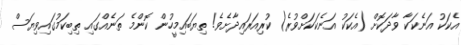
އެކަކު އަނެކަކާ ވާދަކޮށް (އެކަކު އަނެކަކަށްވުރެ) ކުރިއަރައިދާށެވެ! ތިޔަބައިމީހުން ކޮންމެ ތަނެއްގައި ތިބިކަމުގައިވިޔަސް